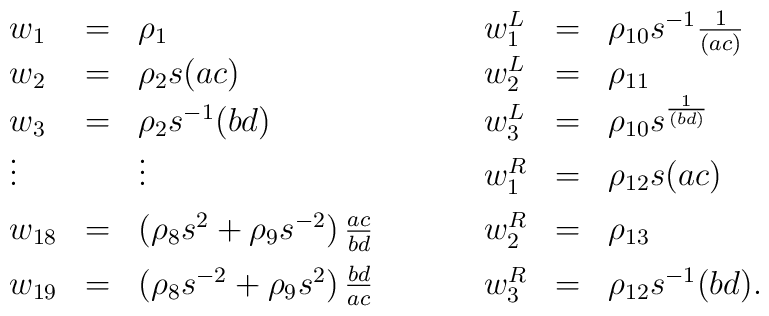
\begin{array}{lllllll}w_1 & = & \rho_1 & \hspace{20pt}      &w_1^L & = & \rho_{10} s^{-1} \frac{1}{(ac)}\nonumber\\w_2 & = & \rho_2 s (ac) & \hspace{20pt} &  w_2^L & = & \rho_{11} \nonumber\\w_3 & = & \rho_2 s^{-1} (bd) & \hspace{20pt}&  w_3^L & = & \rho_{10} s^ \frac{1}{(bd)}\nonumber\\\vdots & & \vdots  & \hspace{20pt}  & w_1^R & = & \rho_{12} s (ac)\nonumber\\[5pt]w_{18} &=& \left(\rho_8 s^{2} + \rho_9 s^{-2} \right) \frac{ac}{bd}   & \hspace{20pt} & w_2^R & = & \rho_{13} \nonumber\\[5pt]w_{19} &=& \left(\rho_8 s^{-2} + \rho_9 s^{2} \right) \frac{bd}{ac}&   \hspace{20pt}& w_3^R & = & \rho_{12} s^{-1} (bd).\end{array}